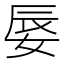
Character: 𡝌